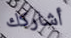
أشاركك